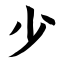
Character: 少